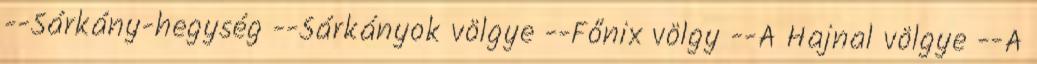
--Sárkány-hegység --Sárkányok völgye --Főnix völgy --A Hajnal völgye --A